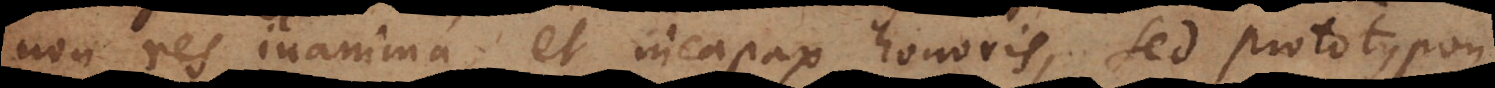
non res inanima, et incapax honoris, sed prototypon